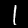
Label: 1